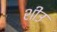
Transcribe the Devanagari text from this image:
शीउ